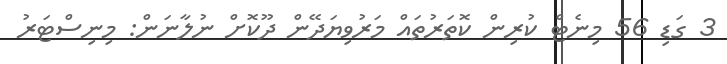
3 ގަޑި 56 މިނެޓް ކުރިން ކޮތަރުތައް މަރުވިޔަދޭން ދޫކޮށް ނުލާނަން: މިނިސްޓަރު